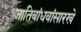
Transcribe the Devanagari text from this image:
जातिबांधवांसारखे